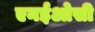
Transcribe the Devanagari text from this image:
एनईओसी